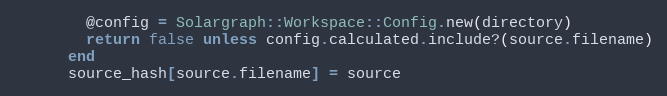
Language: Ruby
        @config = Solargraph::Workspace::Config.new(directory)
        return false unless config.calculated.include?(source.filename)
      end
      source_hash[source.filename] = source